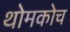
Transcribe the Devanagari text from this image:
थोमकोच